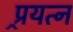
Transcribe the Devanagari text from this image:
प्र्रयत्न